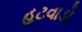
હટવાડો